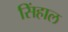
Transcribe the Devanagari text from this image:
सिंहाल